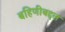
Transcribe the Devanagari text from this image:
बहिणीबद्दल